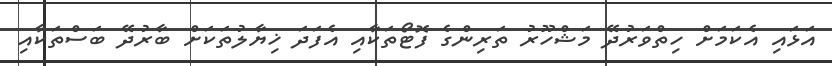
އަޅައި އެކަމަށް ހިތްވަރުދޭ މަޝްހޫރު ތަރިންގެ ފޮޓޯތަކާއި އެފަދަ ޚިޔާލުތަކަށް ބާރުދޭ ބަސްތަކާއި